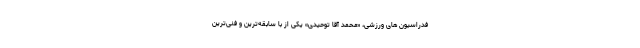
فدراسیون های ورزشی، «محمد آقا توحیدی» یکی از با سابقه‌ترین و فنی‌ترین